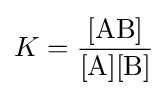
K={\frac {[\mathrm {AB} ]}{[\mathrm {A} ][\mathrm {B} ]}}